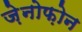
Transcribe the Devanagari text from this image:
ज़ेनोफ़ोन